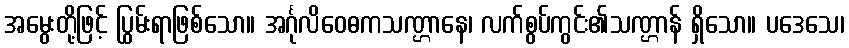
အမွေးတို့ဖြင့် ပြွမ်းရာဖြစ်သော။ အင်္ဂုလိဝေဓကသဏ္ဌာနေ၊ လက်စွပ်ကွင်း၏သဏ္ဌာန် ရှိသော။ ပဒေသေ၊